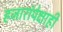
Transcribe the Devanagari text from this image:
हजारांपेक्षाही